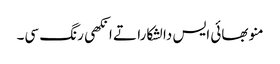
منو بھائی ایس دا لشکارا تے انکھی رنگ سی۔